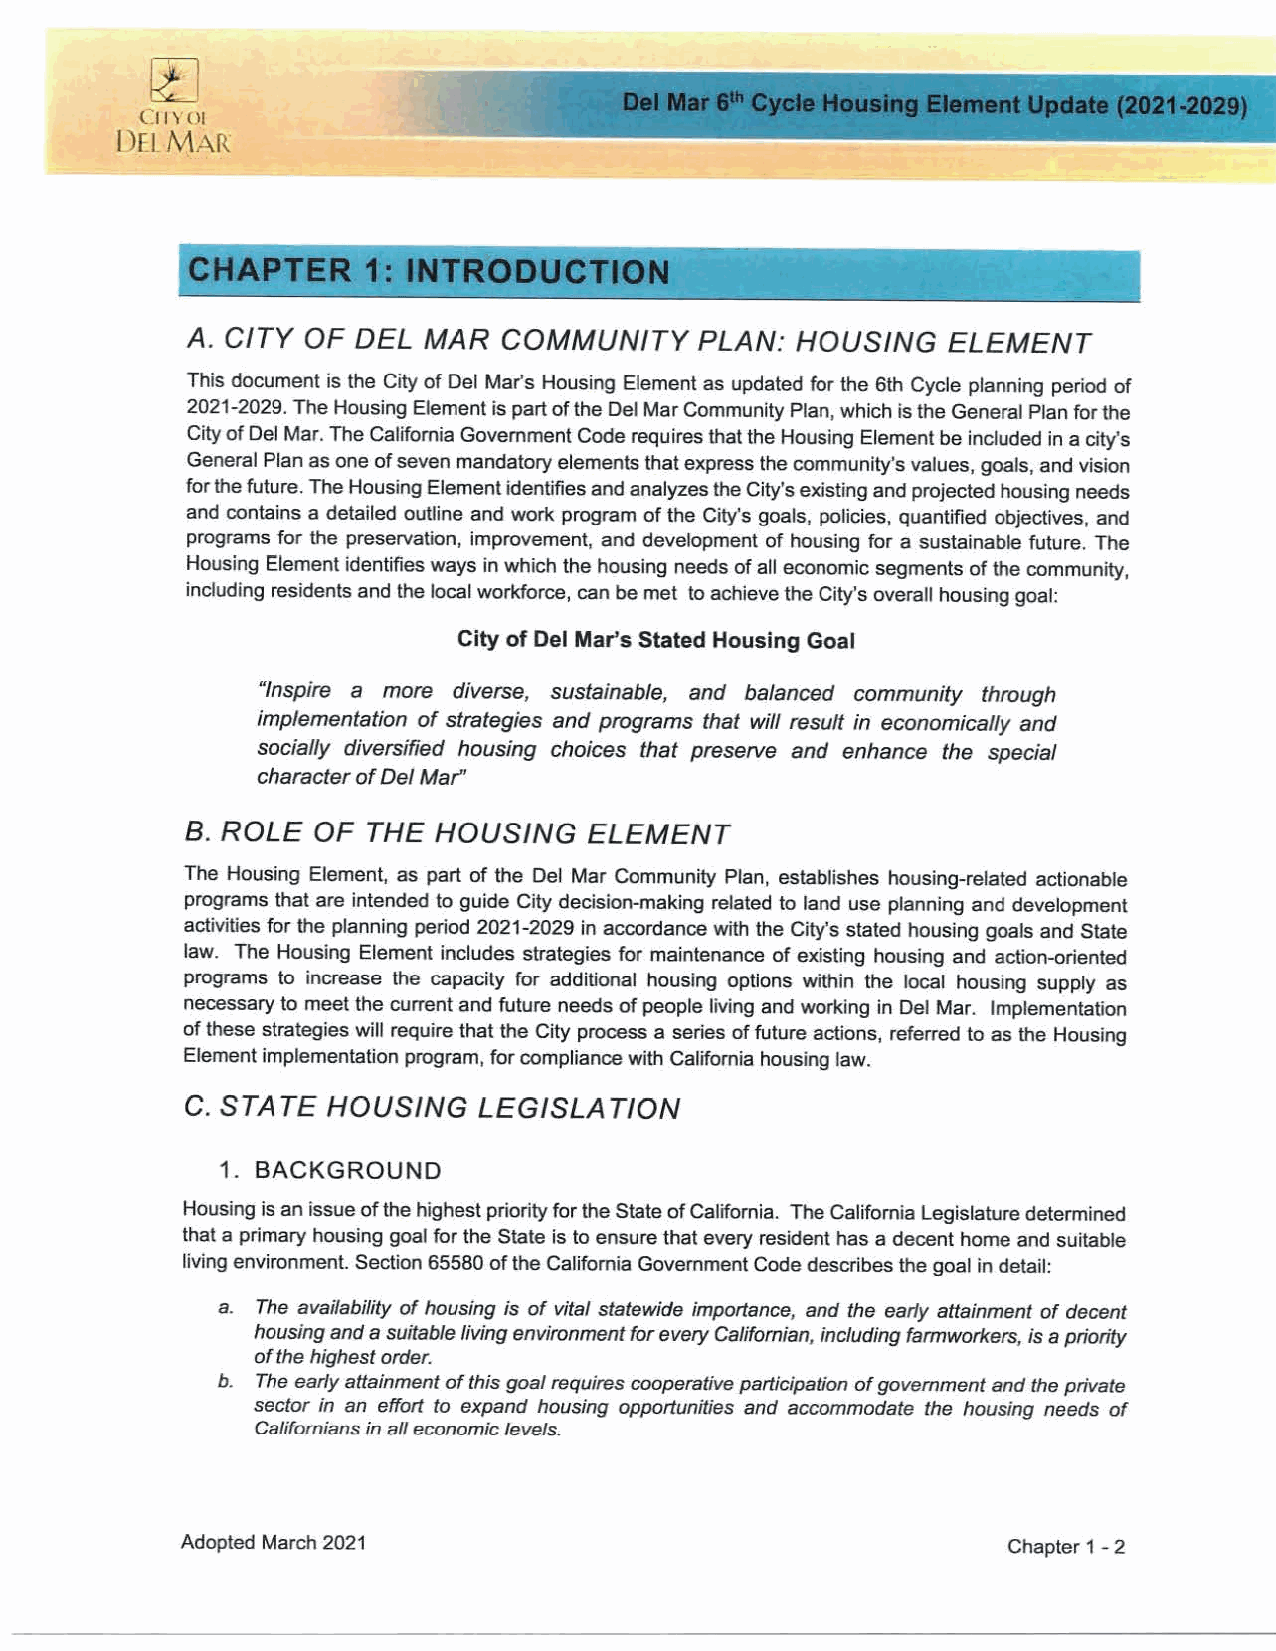
Cityof
 Del Mar
 CHAPTER     1: INTRODUCTION
 A. CITY OF DEL  MAR  COMMUNITY    PLAN:  HOUSING   ELEMENT
 This document is the City of Del Mar's Housing Element as updated for the 6th Cycle planning period of
 2021-2029. The Housing Element is part of the Del Mar Community Plan, which is the General Plan for the
 City of Del Mar. The California Government Code requires that the Housing Element be included in a city's
 General Plan as one of seven mandatory elements that express the community's values, goals, and vision
 for the future. The Housing Element identifies and analyzes the City's existing and projected housing needs
 and contains a detailed outline and work program of the City's goals, policies, quantified objectives, and
 programs for the preservation, improvement, and development of housing for a sustainable future. The
 Housing Element identifies ways in which the housing needs of all economic segments of the community,
 including residents and the local workforce, can be met to achieve the City's overall housing goal:
 City of Del Mar's Stated Housing Goal
 "Inspire a more diverse, sustainable, and balanced community through
 implementation of strategies and programs that will result in economically and
 socially diversified housing choices that preserve and enhance the special
 character of Del Mar"
 B. ROLE  OF THE  HOUSING   ELEMENT
 The Housing Element, as part of the Del Mar Community Plan, establishes housing-related actionable
 programs that are intended to guide City decision-making related to land use planning and development
 activities for the planning period 2021-2029 in accordance with the City's stated housing goals and State
 law. The Housing Element includes strategies for maintenance of existing housing and action-oriented
 programs to increase the capacity for additional housing options within the local housing supply as
 necessary to meet the current and future needs of people living and working in Del Mar. Implementation
 of these strategies will require that the City process a series of future actions, referred to as the Housing
 Element implementation program, for compliance with California housing law.
 C. STATE  HOUSING   LEGISLATION
 1. BACKGROUND
 Housing is an issue of the highest priority for the State of California. The California Legislature determined
 that a primary housing goal for the State is to ensure that every resident has a decent home and suitable
 living environment. Section 65580 of the California Government Code describes the goal in detail:
 a. The availability of housing is of vital statewide importance, and the early attainment of decent
 housing and a suitable living environment for every Californian, including farmworkers, is a priority
 of the highest order.
 b. The early attainment of this goal requires cooperative participation of government and the private
 sector in an effort to expand housing opportunities and accommodate the housing needs of
 Californians in all economic levels.
 Adopted March 2021                                     Chapter 1 - 2